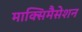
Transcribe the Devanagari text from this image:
माक्सिमैसेशन